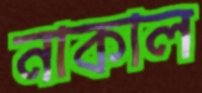
নাকাল